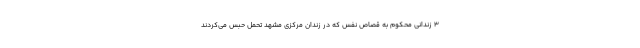
۳ زندانی محکوم به قصاص نفس که در زندان مرکزی مشهد تحمل حبس می‌کردند